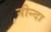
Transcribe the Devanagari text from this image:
नीन्दा